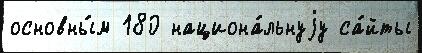
основны́м 180 национа́льнуjу са́йты